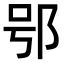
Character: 𨚙